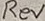
Text: Rev